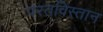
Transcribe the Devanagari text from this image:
परतविस्तान